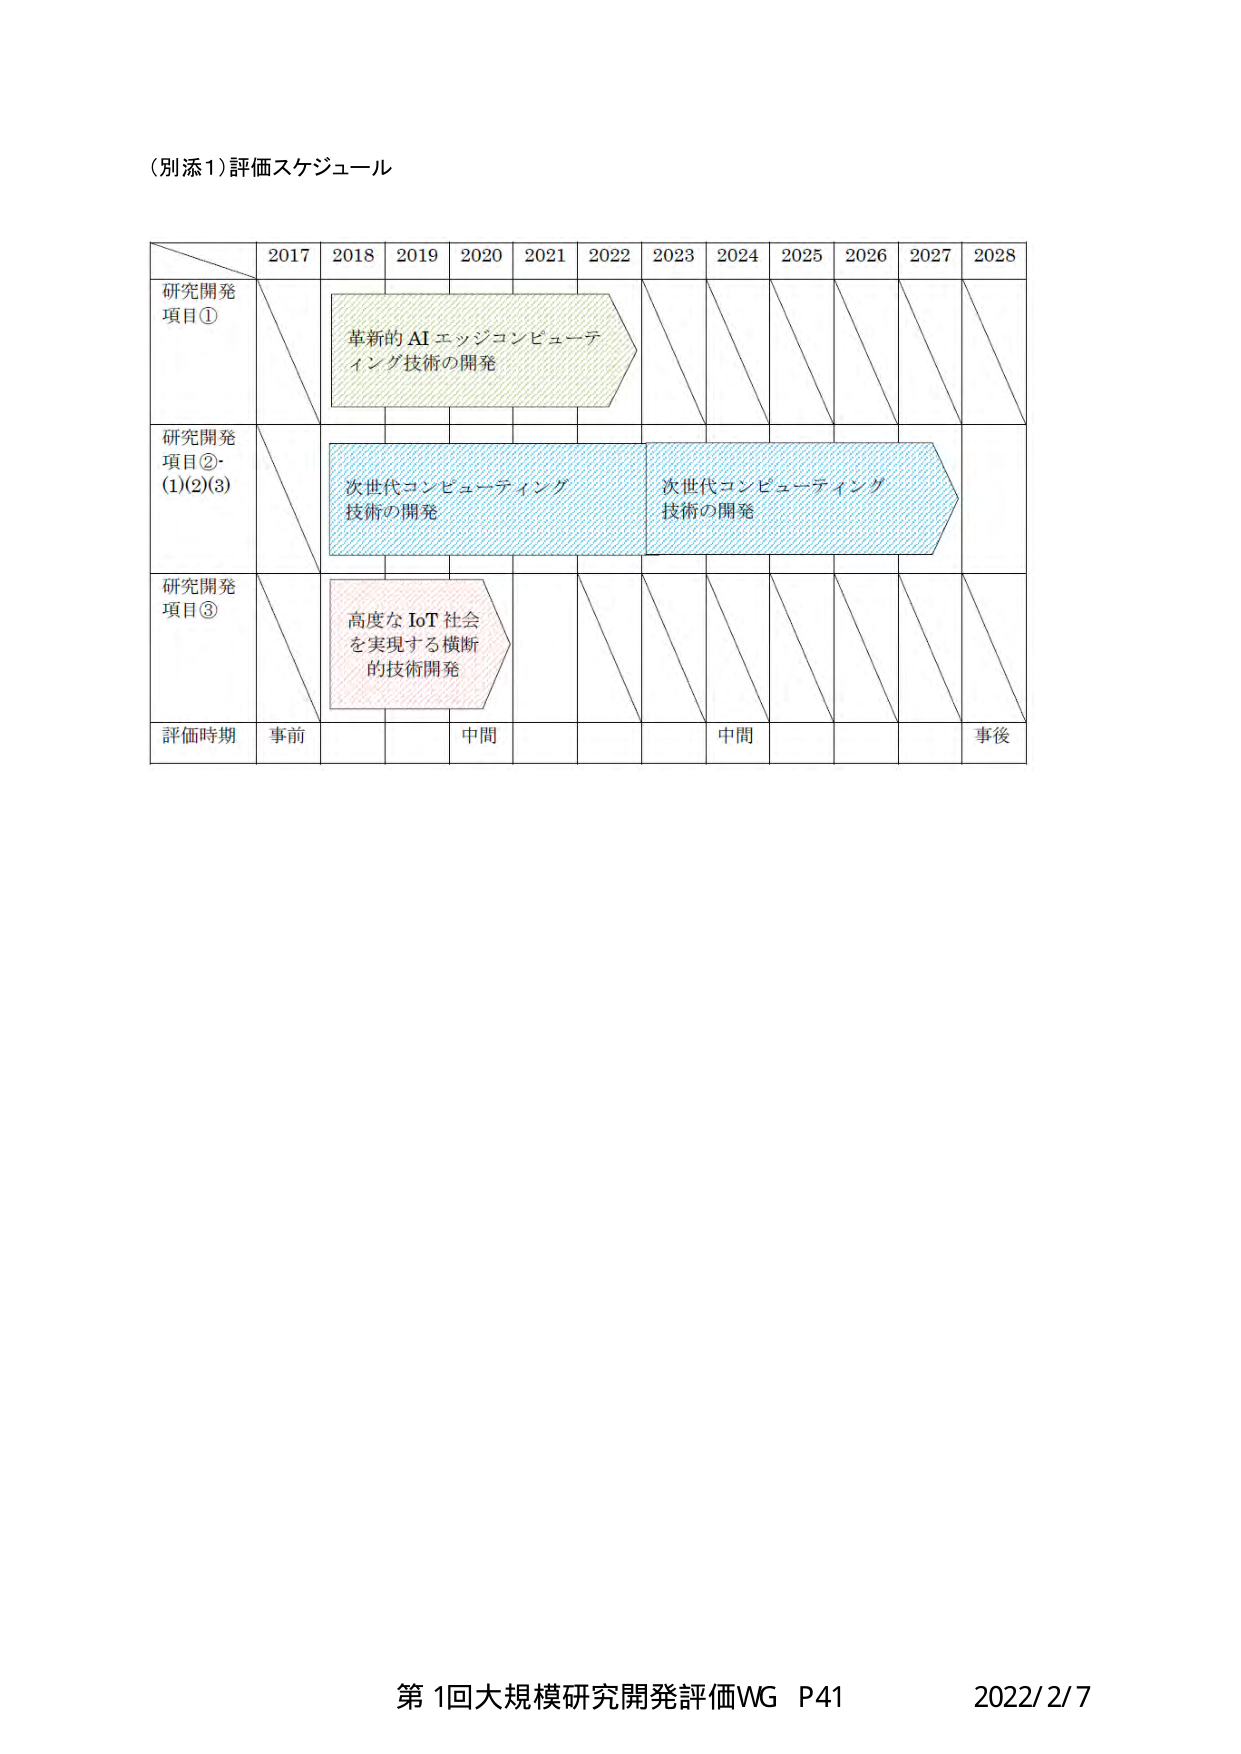
（別添1）評価スケジュール

2017 2018 2019 2020 2021 2022 2023 2024 2025 2026 2027 2028

研究開発
項目①
革新的 AI エッジコンピューテ
ィング技術の開発

研究開発
項目②・
(1)(2)(3)
次世代コンピューティング
技術の開発
次世代コンピューティング
技術の開発

研究開発
項目③
高度な IoT 社会
を実現する横断
的技術開発

評価時期
事前
中間
中間
事後

第1回大規模研究開発評価WG P41 2022/2/7